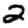
Digit: 2